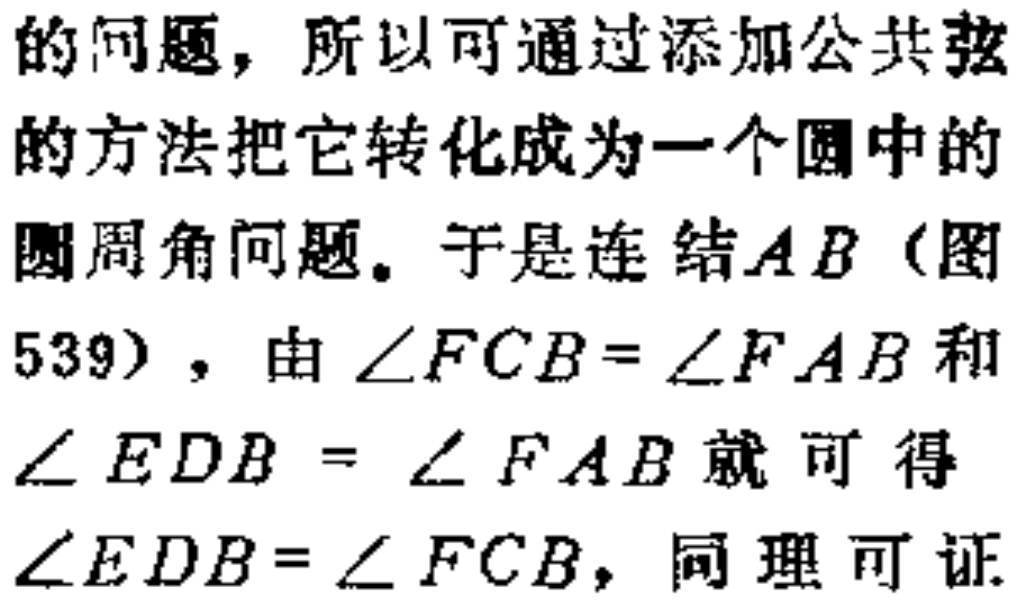
的问题，所以可通过添加公共弦
的方法把它转化成为一个圆中的
圆周角问题。于是连结\(AB\)（图
539），由\(\angle FCB = \angle FAB\)和
\(\angle EDB=\angle FAB\)就可得
\(\angle EDB = \angle FCB\)，同理可证.